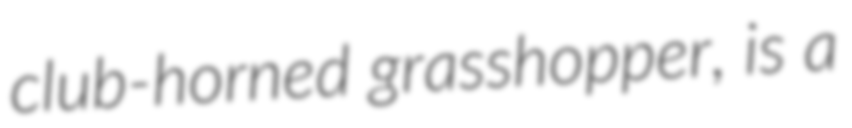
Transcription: club-horned grasshopper, is a